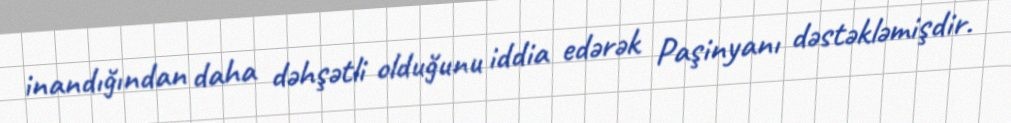
inandığından daha dəhşətli olduğunu iddia edərək Paşinyanı dəstəkləmişdir.